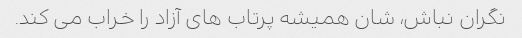
نگران نباش، شان همیشه پرتاب های آزاد را خراب می کند.